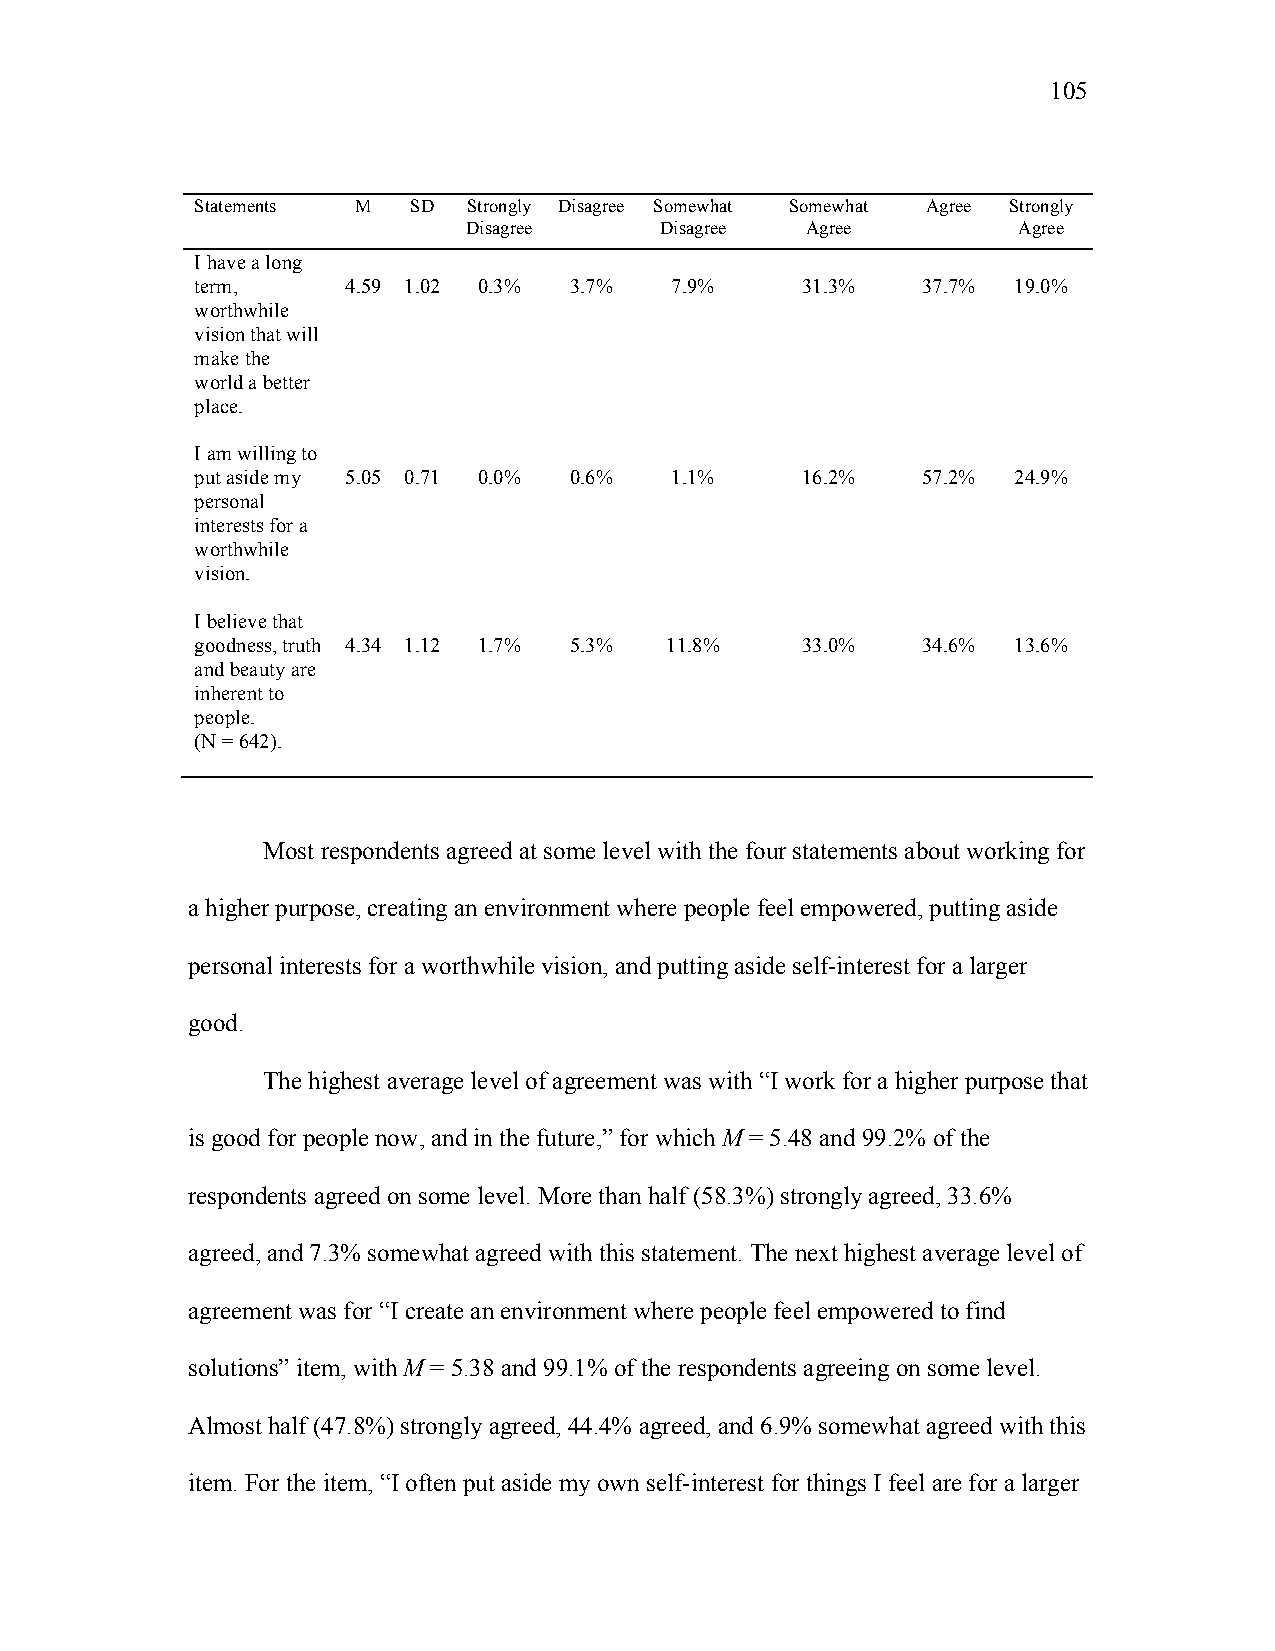
105
 Statements M  SD  Strongly Disagree Somewhat Somewhat Agree Strongly
 Disagree     Disagree Agree         Agree
 I have a long
 term,     4.59 1.02 0.3% 3.7%  7.9%     31.3%   37.7% 19.0%
 worthwhile
 vision that will
 make the
 world a better
 place.
 I am willing to
 put aside my 5.05 0 . 71 0.0% 0.6% 1.1% 16.2%   57.2% 24.9%
 personal
 interests for a
 worthwhile
 vision.
 I believe that
 goodness, truth 4.34 1.12 1.7% 5.3% 11.8% 33.0% 34.6% 13.6%
 and beauty are
 inherent to
 people.
 (N = 642).
 Most respondents agreed at some level with the four statements about working for
 a higher purpose, creating an environment where people feel empowered, putting aside
 personal interests for a worthwhile vision, and putting aside self-interest for a larger
 good.
 The highest average level of agreement was with “I work for a higher purpose that
 is good for people now, and in the future,” for which M = 5.48 and 99.2% of the
 respondents agreed on some level. More than half (58.3%) strongly agreed, 33.6%
 agreed, and 7.3% somewhat agreed with this statement. The next highest average level of
 agreement was for “I create an environment where people feel empowered to find
 solutions” item, with M = 5.38 and 99.1% of the respondents agreeing on some level.
 Almost half (47.8%) strongly agreed, 44.4% agreed, and 6.9% somewhat agreed with this
 item. For the item, “I often put aside my own self-interest for things I feel are for a larger